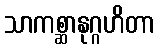
သာကစ္ဆာနုဂ္ဂဟိတာ